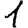
Digit: 1